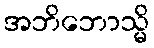
အဘိဘောသ္မိ